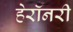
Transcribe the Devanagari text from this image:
हेरॉनरी